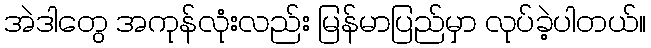
အဲဒါတွေ အကုန်လုံးလည်း မြန်မာပြည်မှာ လုပ်ခဲ့ပါတယ်။